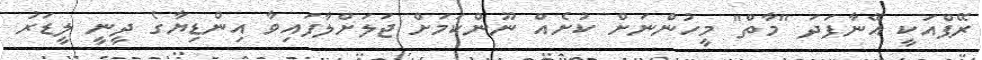
ރޭޕްއަކީ އޭނާފަދަ "މާތް" މީހުންނަށް ކުށެއް ނޫންކަމަށް ޖަލަށްލާފައިވާ އިންޑިޔާގެ ދީނީ ލީޑަރު